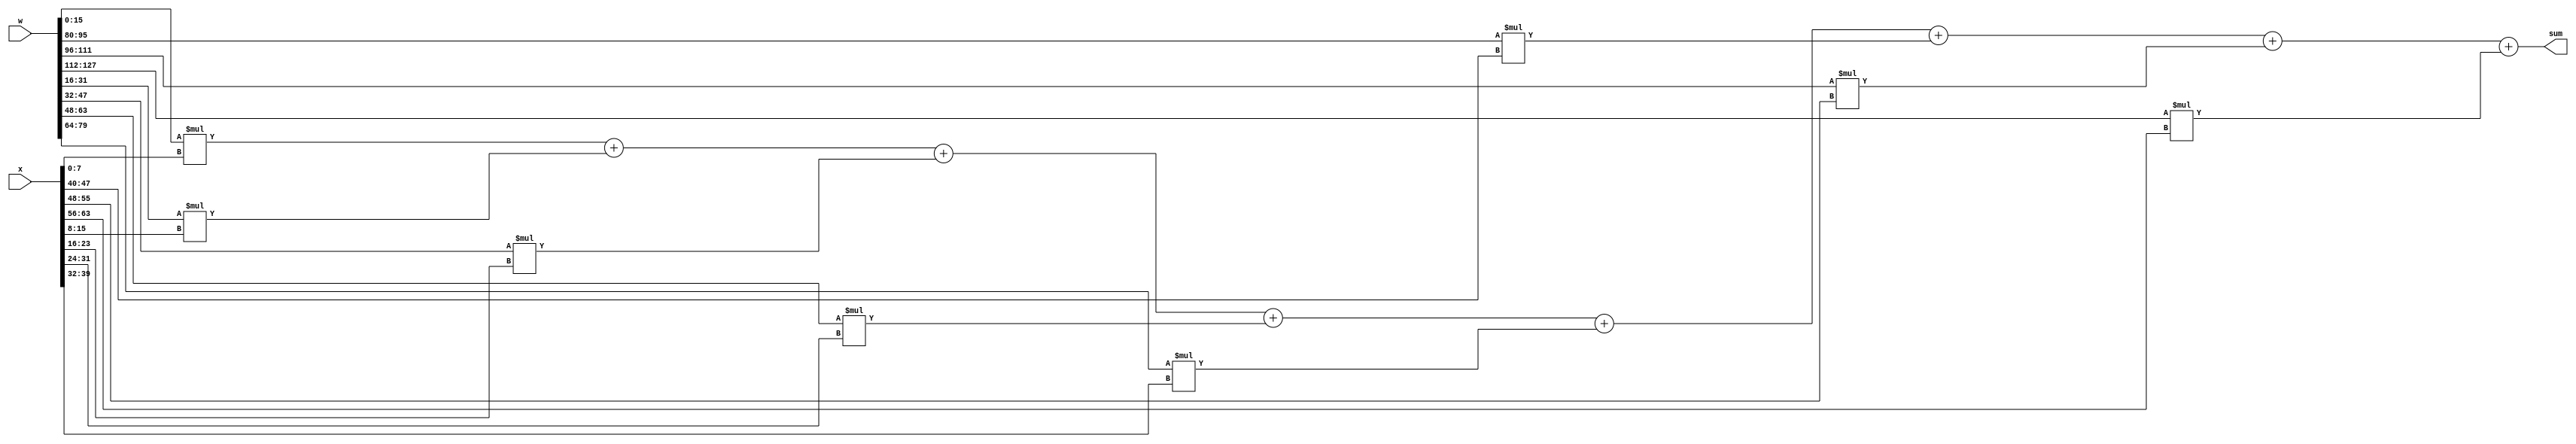
//
//      verilog template for inner product in Axiline
//

module ip#(
    parameter bitwidth =16,
	parameter inputBitwidth=8,
    parameter size=8
)(
    input[inputBitwidth*size-1:0] x,
    input[bitwidth*size-1:0] w,
    output [bitwidth-1:0]sum
);

    genvar i;
	wire [bitwidth-1:0]isum[size-1:0];
    generate
        for (i=0;i<size;i=i+1)begin: LOOP
            //wire [bitwidth-1:0]isum;
            if (i==0)begin
                assign isum[i]=w[bitwidth-1:0]*x[inputBitwidth-1:0];
            end else begin
                assign isum[i]=isum[i-1]+w[bitwidth*i+bitwidth-1:bitwidth*i]*x[inputBitwidth*i+inputBitwidth-1:inputBitwidth*i];
            end
        end
    endgenerate
    assign sum=isum[size-1];

endmodule